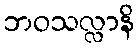
ဘဝသလ္လာနိ